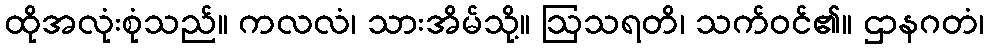
ထိုအလုံးစုံသည်။ ကလလံ၊ သားအိမ်သို့။ ဩသရတိ၊ သက်ဝင်၏။ ဌာနဂတံ၊